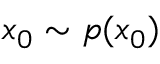
x _ { 0 } \sim p ( x _ { 0 } )